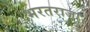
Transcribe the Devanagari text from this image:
भरतराजा